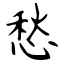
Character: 愁